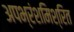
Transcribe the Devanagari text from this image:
अपभ्रंशमिश्रित